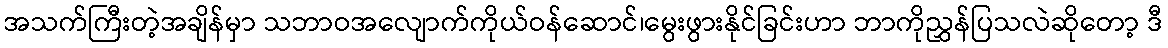
အသက်ကြီးတဲ့အချိန်မှာ သဘာဝအလျောက်ကိုယ်ဝန်ဆောင်၊မွေးဖွားနိုင်ခြင်းဟာ ဘာကိုညွှန်ပြသလဲဆိုတော့ ဒီ